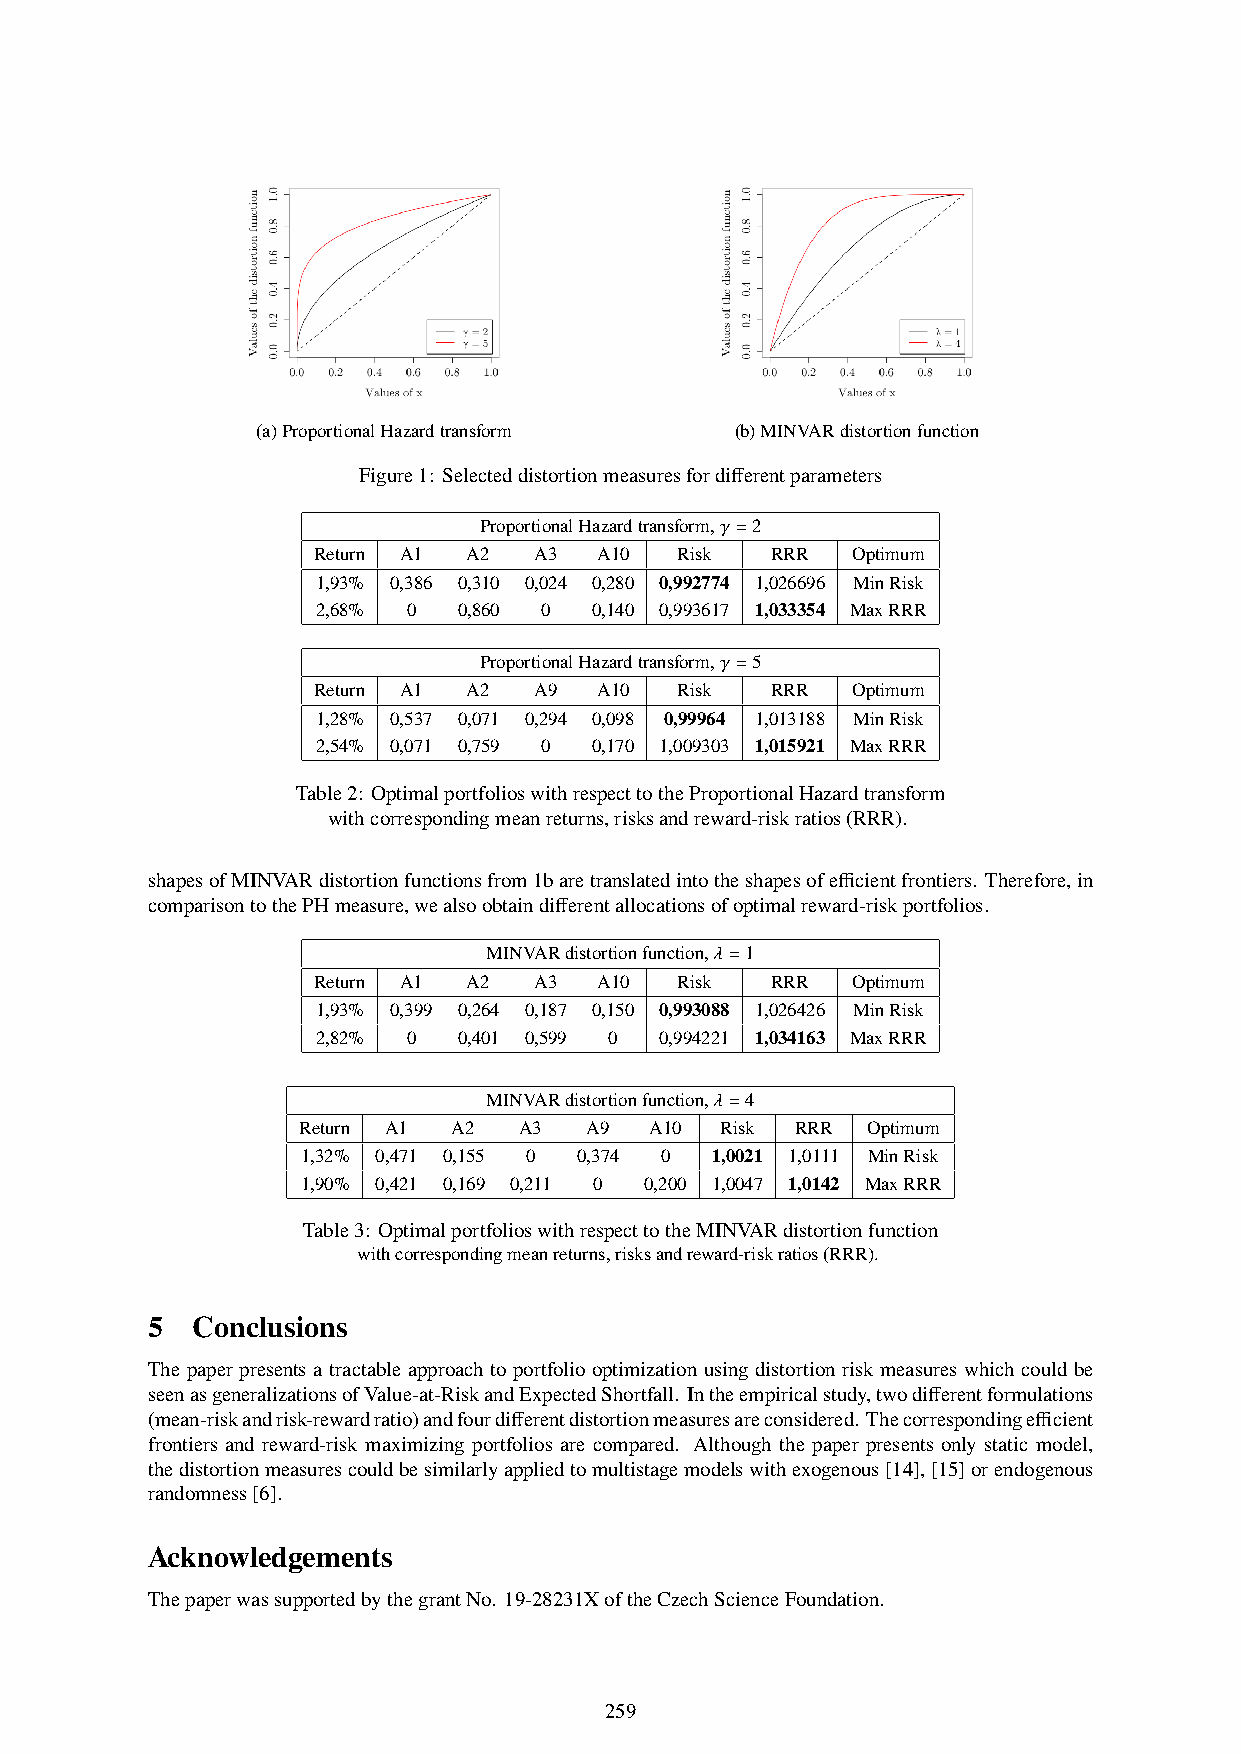
(a)ProportionalHazardtransform  (b)MINVARdistortionfunction
 Figure1: Selecteddistortionmeasuresfordifferentparameters
 ProportionalHazardtransform,𝛾=2
 Return A1 A2  A3  A10   Risk  RRR  Optimum
 1,93% 0,386 0,310 0,024 0,280 0,992774 1,026696 MinRisk
 2,68% 0  0,860 0  0,140 0,993617 1,033354 MaxRRR
 ProportionalHazardtransform,𝛾=5
 Return A1 A2  A9  A10   Risk  RRR  Optimum
 1,28% 0,537 0,071 0,294 0,098 0,99964 1,013188 MinRisk
 2,54% 0,071 0,759 0 0,170 1,009303 1,015921 MaxRRR
 Table2: OptimalportfolioswithrespecttotheProportionalHazardtransform
 withcorrespondingmeanreturns,risksandreward-riskratios(RRR).
 shapesofMINVARdistortionfunctionsfrom1baretranslatedintotheshapesofefficientfrontiers. Therefore,in
 comparisontothePHmeasure,wealsoobtaindifferentallocationsofoptimalreward-riskportfolios.
 MINVARdistortionfunction,𝜆=1
 Return A1 A2  A3  A10   Risk  RRR  Optimum
 1,93% 0,399 0,264 0,187 0,150 0,993088 1,026426 MinRisk
 2,82% 0  0,401 0,599 0 0,994221 1,034163 MaxRRR
 MINVARdistortionfunction,𝜆=4
 Return A1 A2  A3   A9  A10  Risk RRR Optimum
 1,32% 0,471 0,155 0 0,374 0 1,0021 1,0111 MinRisk
 1,90% 0,421 0,169 0,211 0 0,200 1,0047 1,0142 MaxRRR
 Table3: OptimalportfolioswithrespecttotheMINVARdistortionfunction
 withcorrespondingmeanreturns,risksandreward-riskratios(RRR).
 5  Conclusions
 The paper presents a tractable approach to portfolio optimization using distortion risk measures which could be
 seenasgeneralizationsofValue-at-RiskandExpectedShortfall. Intheempiricalstudy,twodifferentformulations
 (mean-riskandrisk-rewardratio)andfourdifferentdistortionmeasuresareconsidered. Thecorrespondingefficient
 frontiers and reward-risk maximizing portfolios are compared. Although the paper presents only static model,
 thedistortionmeasurescouldbesimilarlyappliedtomultistagemodelswithexogenous[14],[15]orendogenous
 randomness[6].
 Acknowledgements
 ThepaperwassupportedbythegrantNo. 19-28231XoftheCzechScienceFoundation.
 5
 259